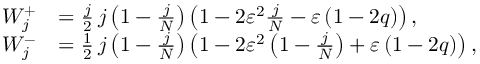
\begin{array} { r l } { W _ { j } ^ { + } } & { = \frac { j } { 2 } \thinspace j \left( 1 - \frac { j } { N } \right) \left( 1 - 2 \varepsilon ^ { 2 } \frac { j } { N } - \varepsilon \left( 1 - 2 q \right) \right) , } \\ { W _ { j } ^ { - } } & { = \frac { 1 } { 2 } \thinspace j \left( 1 - \frac { j } { N } \right) \left( 1 - 2 \varepsilon ^ { 2 } \left( 1 - \frac { j } { N } \right) + \varepsilon \left( 1 - 2 q \right) \right) , } \end{array}